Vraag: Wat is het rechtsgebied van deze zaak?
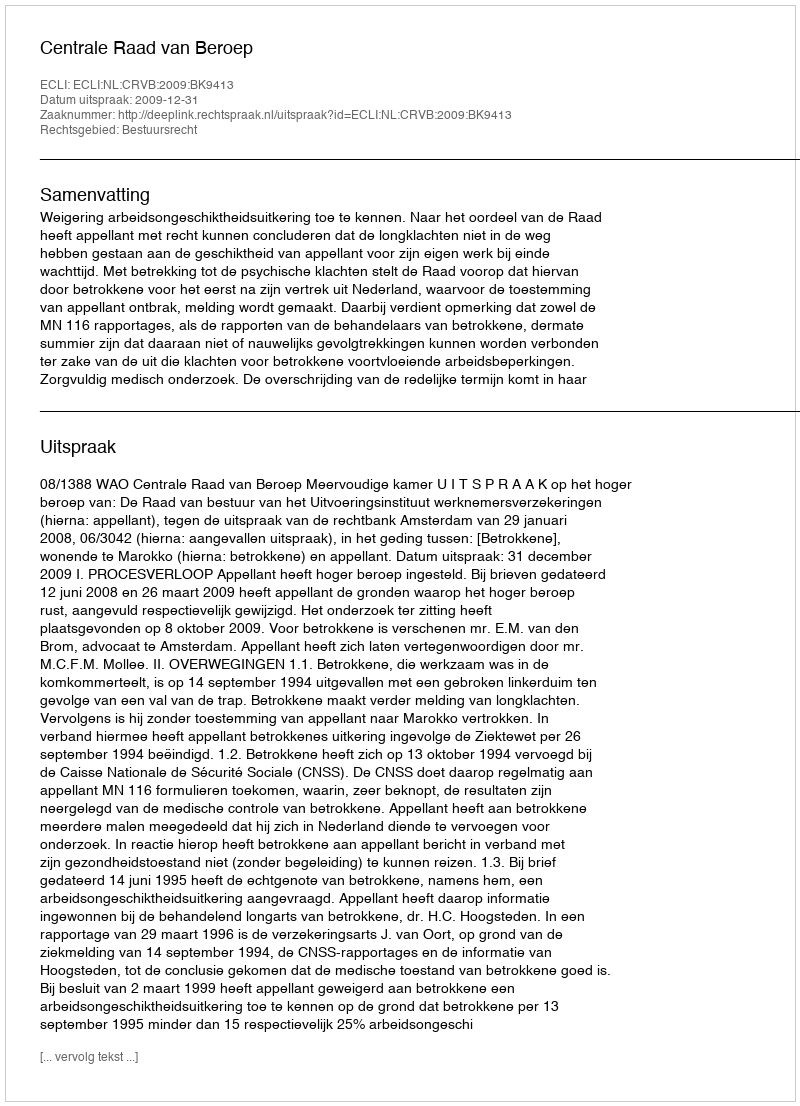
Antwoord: Bestuursrecht